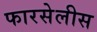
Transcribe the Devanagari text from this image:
फारसेलीस